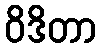
ဝိဒိတာ